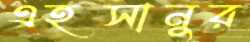
এহসানুর